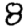
Digit: 8